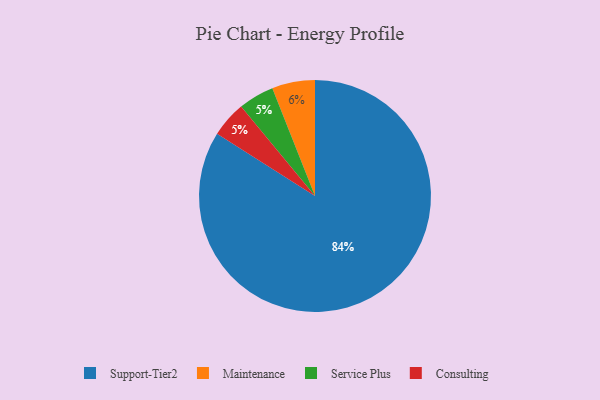
{"axis": {"x": "Category", "y": "Percentage"}, "legend": ["Consulting", "Maintenance", "Service Plus", "Support-Tier2"], "data": [{"x": "Service Plus", "y": 5, "type": "Service Plus"}, {"x": "Maintenance", "y": 6, "type": "Maintenance"}, {"x": "Support-Tier2", "y": 84, "type": "Support-Tier2"}, {"x": "Consulting", "y": 5, "type": "Consulting"}]}